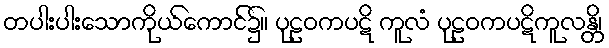
တပါးပါးသောကိုယ်ကောင်၌။ ပုဠဝကပဋိ ကူလံ ပုဠဝကပဋိကူလန္တိ၊